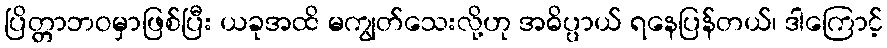
ပြိတ္တာဘဝမှာဖြစ်ပြီး ယခုအထိ မကျွတ်သေးလို့ဟု အဓိပ္ပာယ် ရနေပြန်တယ်၊ ဒါကြောင့်